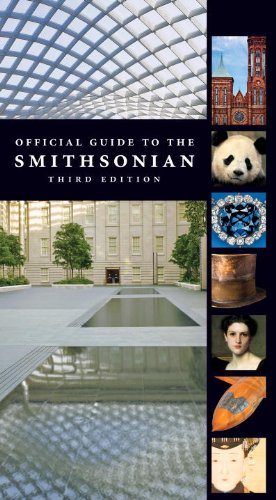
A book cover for Official Guide to the Smithsonian, 3rd Edition: Third Edition; Smithsonian Institution; Travel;